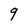
Character: 9